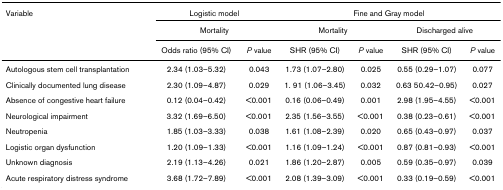
<table><thead><tr><td><b>Variable</b></td><td colspan="2"><b>Logistic model</b></td><td colspan="4"><b>Fine and Gray model</b></td></tr><tr><td></td><td colspan="2"><b>Mortality</b></td><td colspan="2"><b>Mortality</b></td><td colspan="2"><b>Discharged alive</b></td></tr><tr><td></td><td><b>Odds ratio (95% CI)</b></td><td><b><i>P </i>value</b></td><td><b>SHR (95% CI)</b></td><td><b><i>P </i>value</b></td><td><b>SHR (95% CI)</b></td><td><b><i>P </i>value</b></td></tr></thead><tbody><tr><td>Autologous stem cell transplantation</td><td>2.34 (1.03–5.32)</td><td>0.043</td><td>1.73 (1.07–2.80)</td><td>0.025</td><td>0.55 (0.29–1.07)</td><td>0.077</td></tr><tr><td>Clinically documented lung disease</td><td>2.30 (1.09–4.87)</td><td>0.029</td><td>1. 91 (1.06–3.45)</td><td>0.032</td><td>0.63 50.42–0.95)</td><td>0.027</td></tr><tr><td>Absence of congestive heart failure</td><td>0.12 (0.04–0.42)</td><td>&lt;0.001</td><td>0.16 (0.06–0.49)</td><td>0.001</td><td>2.98 (1.95–4.55)</td><td>&lt;0.001</td></tr><tr><td>Neurological impairment</td><td>3.32 (1.69–6.50)</td><td>&lt;0.001</td><td>2.35 (1.56–3.55)</td><td>&lt;0.001</td><td>0.38 (0.23–0.61)</td><td>&lt;0.001</td></tr><tr><td>Neutropenia</td><td>1.85 (1.03–3.33)</td><td>0.038</td><td>1.61 (1.08–2.39)</td><td>0.020</td><td>0.65 (0.43–0.97)</td><td>0.037</td></tr><tr><td>Logistic organ dysfunction</td><td>1.20 (1.09–1.33)</td><td>&lt;0.001</td><td>1.16 (1.09–1.24)</td><td>&lt;0.001</td><td>0.87 (0.81–0.93)</td><td>&lt;0.001</td></tr><tr><td>Unknown diagnosis</td><td>2.19 (1.13–4.26)</td><td>0.021</td><td>1.86 (1.20–2.87)</td><td>0.005</td><td>0.59 (0.35–0.97)</td><td>0.039</td></tr><tr><td>Acute respiratory distress syndrome</td><td>3.68 (1.72–7.89)</td><td>&lt;0.001</td><td>2.08 (1.39–3.09)</td><td>&lt;0.001</td><td>0.33 (0.19–0.59)</td><td>&lt;0.001</td></tr></tbody></table>